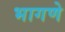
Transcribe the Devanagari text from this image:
भागणे